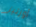
أورتيز